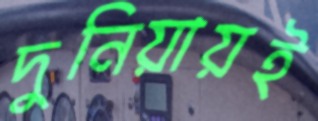
দুনিয়ায়ই